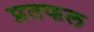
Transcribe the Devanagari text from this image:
प्रतफल